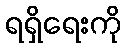
ရရှိရေးကို